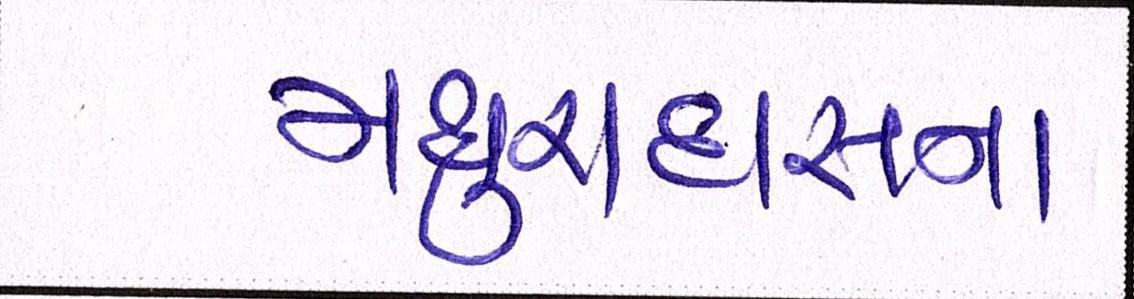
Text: મથુરાદાસના